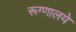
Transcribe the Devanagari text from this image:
रूग्णालये